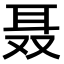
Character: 聂